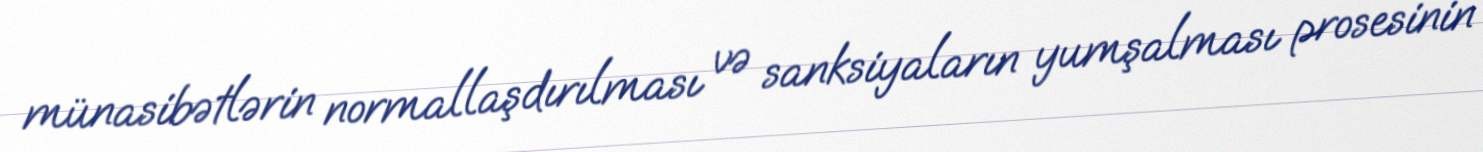
münasibətlərin normallaşdırılması və sanksiyaların yumşalması prosesinin